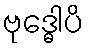
ဗုဒ္ဓေါပိ